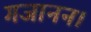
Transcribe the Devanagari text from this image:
गजानन।